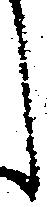
し